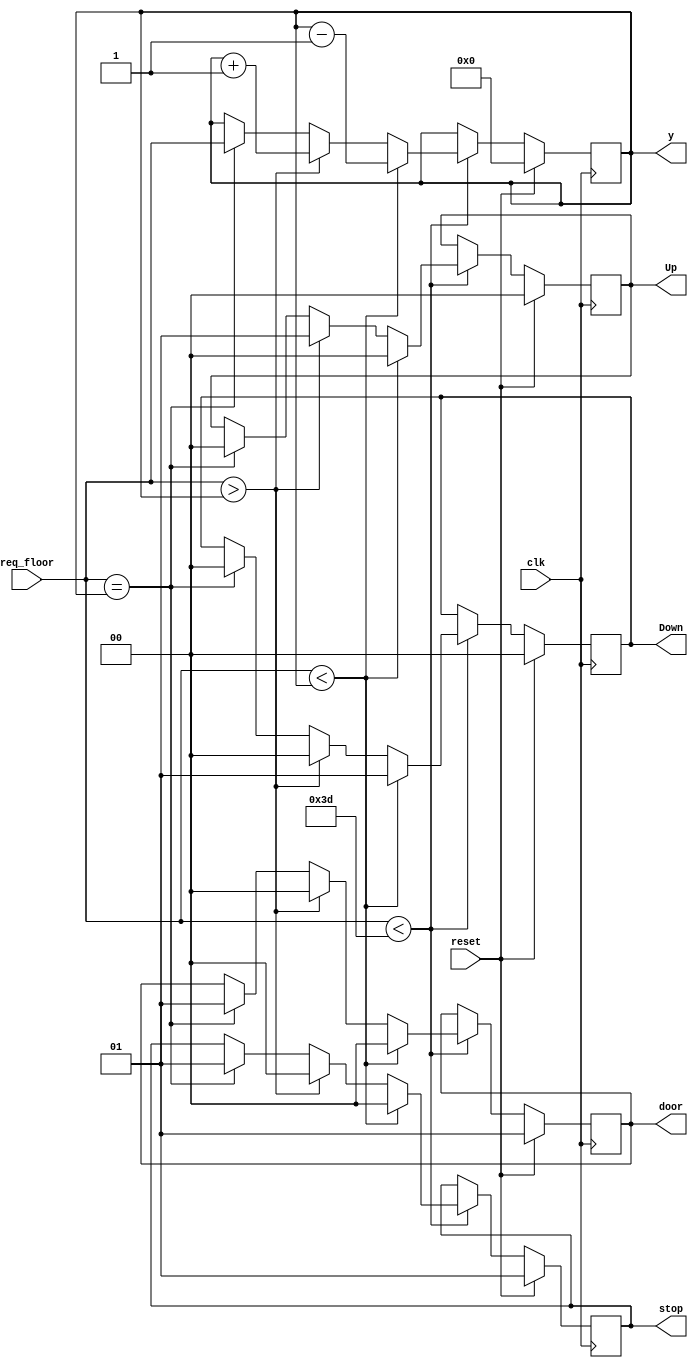

module Elevate(clk,reset,req_floor,stop,door,Up,Down,y);
    input clk,reset;
    input [6:0] req_floor;
    output reg[1:0] door;
    output reg[1:0] Up;
    output reg[1:0] Down;
    output reg[1:0] stop;

    output [6:0] y;
    reg [6:0] cf ;

        always @ (posedge clk)
            begin
                if(reset)
                    begin
                        cf=6'd0;
                        stop=6'd1;
                        door = 1'd1;
                        Up=1'd0;
                        Down=1'd0;
                    end
                else
                    begin
                        if(req_floor < 6'd61)
                            begin
                                if(req_floor < cf )
                                    begin
                                        cf=cf-1;
                                        door=1'd0;
                                        stop=6'd0;
                                        Up=1'd0;
                                        Down=1'd1;
                                    end


                else if (req_floor > cf)
                    begin
                        cf = cf+1;
                        door=1'd0;
                        stop=6'd0;
                        Up=1'd1;
                        Down=1'd0;
                    end

                else if(req_floor == cf )
                    begin
                        cf = req_floor;
                        door=1'd1;
                        stop=6'd1;
                        Up=1'd0;
                        Down=1'd0;
                    end
                    end


                end


            end
assign y = cf;
endmodule